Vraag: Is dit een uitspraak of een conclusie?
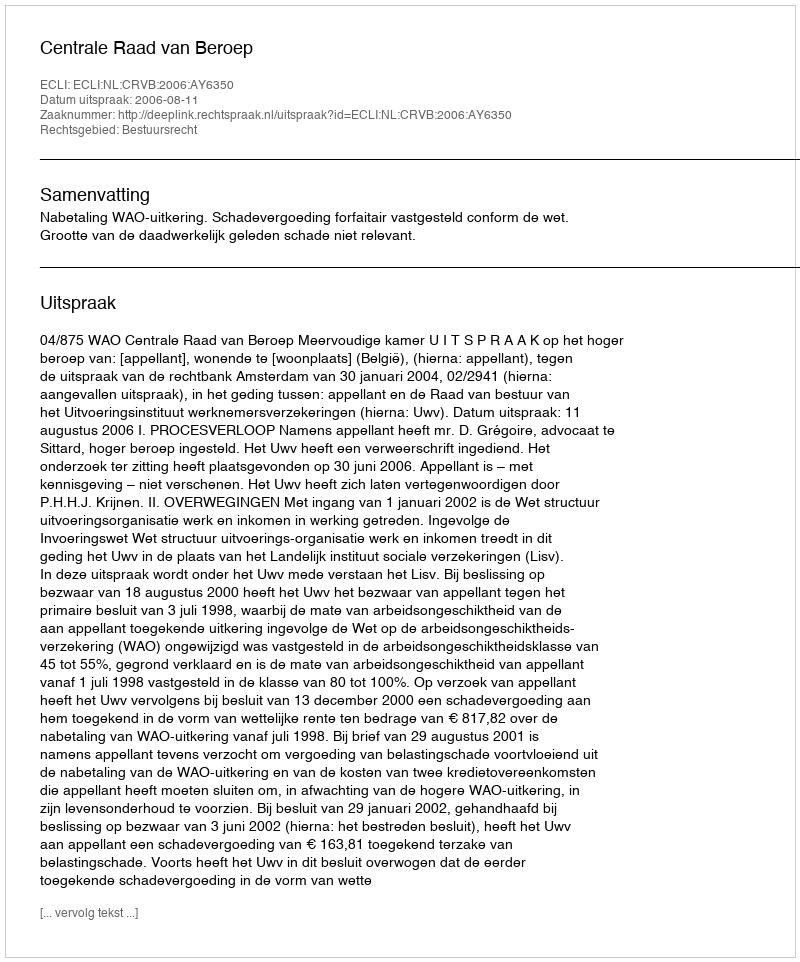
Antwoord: Uitspraak